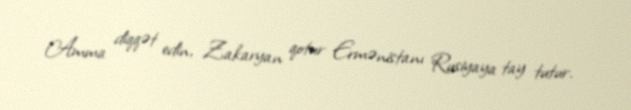
Amma diqqət edin, Zakaryan qotur Ermənistanı Rusiyaya tay tutur.